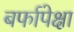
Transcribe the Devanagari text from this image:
बर्फापेक्षा